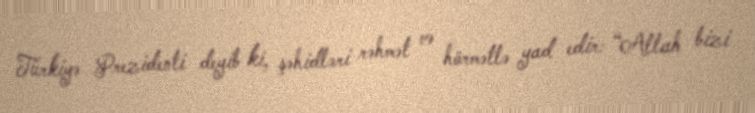
Türkiyə Prezidenti deyib ki, şəhidləri rəhmət və hörmətlə yad edir: “Allah bizi